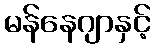
မန်နေဂျာနှင့်